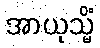
အာယုသ္မိံ